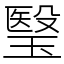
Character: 瑿